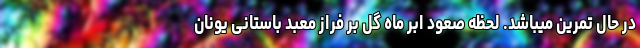
در حال تمرین میباشد. لحظه صعود اَبَر ماه گل بر فراز معبد باستانی یونان